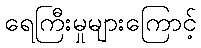
ရေကြီးမှုများကြောင့်